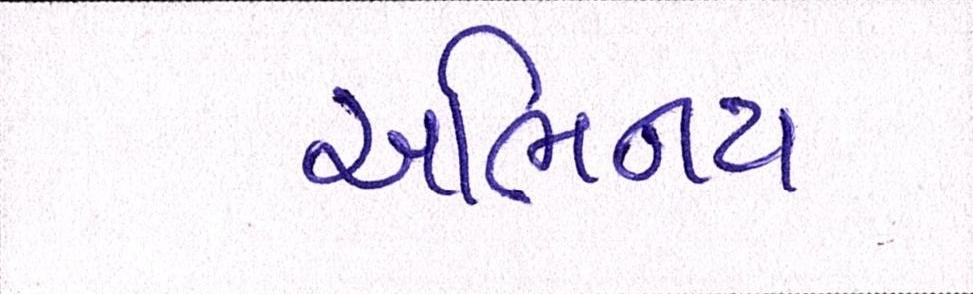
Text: અભિનય